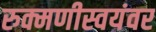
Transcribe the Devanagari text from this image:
रुक्मणीस्वयंवर